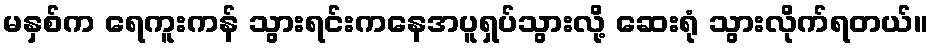
မနှစ်က ရေကူးကန် သွားရင်းကနေအပူရှပ်သွားလို့ ဆေးရုံ သွားလိုက်ရတယ်။